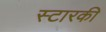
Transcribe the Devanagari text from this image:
स्टारकी